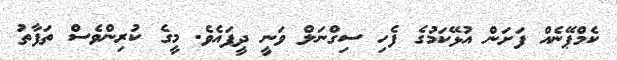
ކެމްޕޭނެއް ފަށަން އުޅޭކަމުގެ ފެހި ސިގްނަލް ވަނީ ދީފައެވެ. މީގެ ކުރިންވެސް ތަފާތު